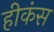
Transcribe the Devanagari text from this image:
हीकंस